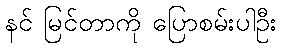
နင် မြင်တာကို ပြောစမ်းပါဦး